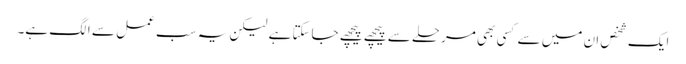
ایک شخص ان میں سے کسی بھی مرحلے سے پیچھے پیچھے جاسکتا ہے لیکن یہ سب عمل سے الگ ہے۔